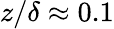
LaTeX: z/\delta\approx 0.1